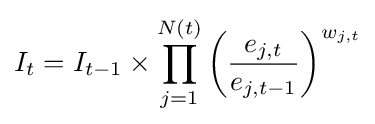
I_{t}=I_{t-1}\times \prod _{j=1}^{N(t)}\left({\frac {e_{j,t}}{e_{j,t-1}}}\right)^{w_{j,t}}